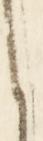
う